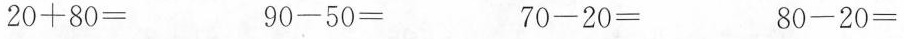
$$2 0 + 8 0 =$$ $$9 0 - 5 0 =$$ $$7 0 - 2 0 =$$ $$8 0 - 2 0 =$$